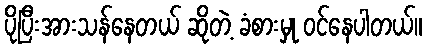
ပိုပြီးအားသန်နေတယ် ဆိုတဲ့ ခံစားမှု ဝင်နေပါတယ်။